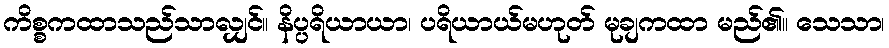
ကိစ္စကထာသည်သာလျှင်။ နိပ္ပရိယာယာ၊ ပရိယာယ်မဟုတ် မုချကထာ မည်၏။ သေသာ၊